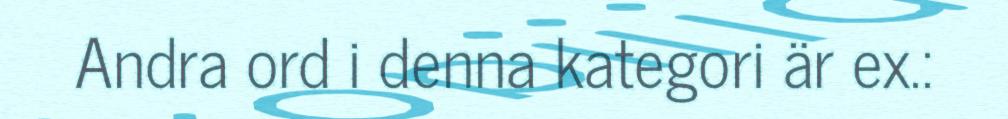
Andra ord i denna kategori är ex.: